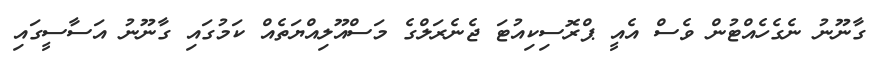
ގާނޫނު ނެގެހެއްޓުން ވެސް އެއީ ޕްރޮސިކިއުޓަ ޖެނެރަލްގެ މަސްއޫލިއްޔަތެއް ކަމުގައި ގާނޫނު އަސާސީގައި